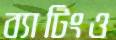
ব্যাটিংও